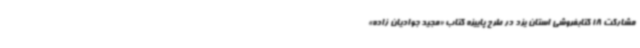
مشارکت 18 کتابفروشی استان یزد در طرح پاییزه کتاب «مجید جوادیان زاده»